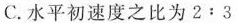
C.水平初速度之比为2﹔3